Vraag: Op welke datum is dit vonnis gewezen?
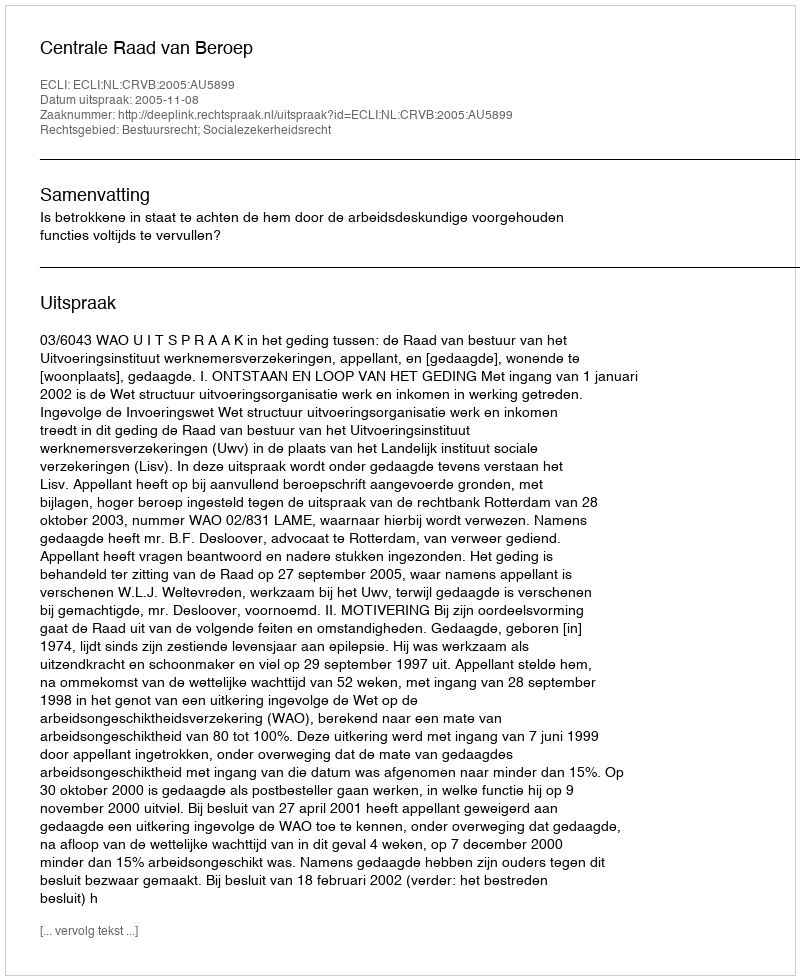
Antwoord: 2005-11-08